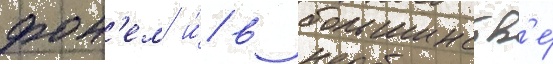
фон'ем/ и́/ в большинств'е́